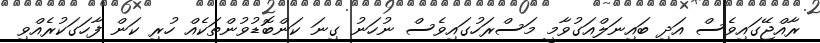
ރާއްޖޭގައިވެސް އަދި ބައިނަލްއަގުވާމީ މަސްރަހުގައިވެސް ނުހަނު ގިނަ ކަންބޮޑުވުންތަކެއް ހުރި ކަން ފާހަގަކުރެއްވި